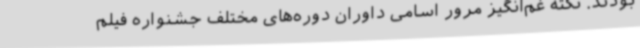
بودند. نکته غم‌انگیز مرور اسامی داوران دوره‌های مختلف جشنواره فیلم